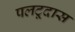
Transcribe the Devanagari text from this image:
पलटूदास